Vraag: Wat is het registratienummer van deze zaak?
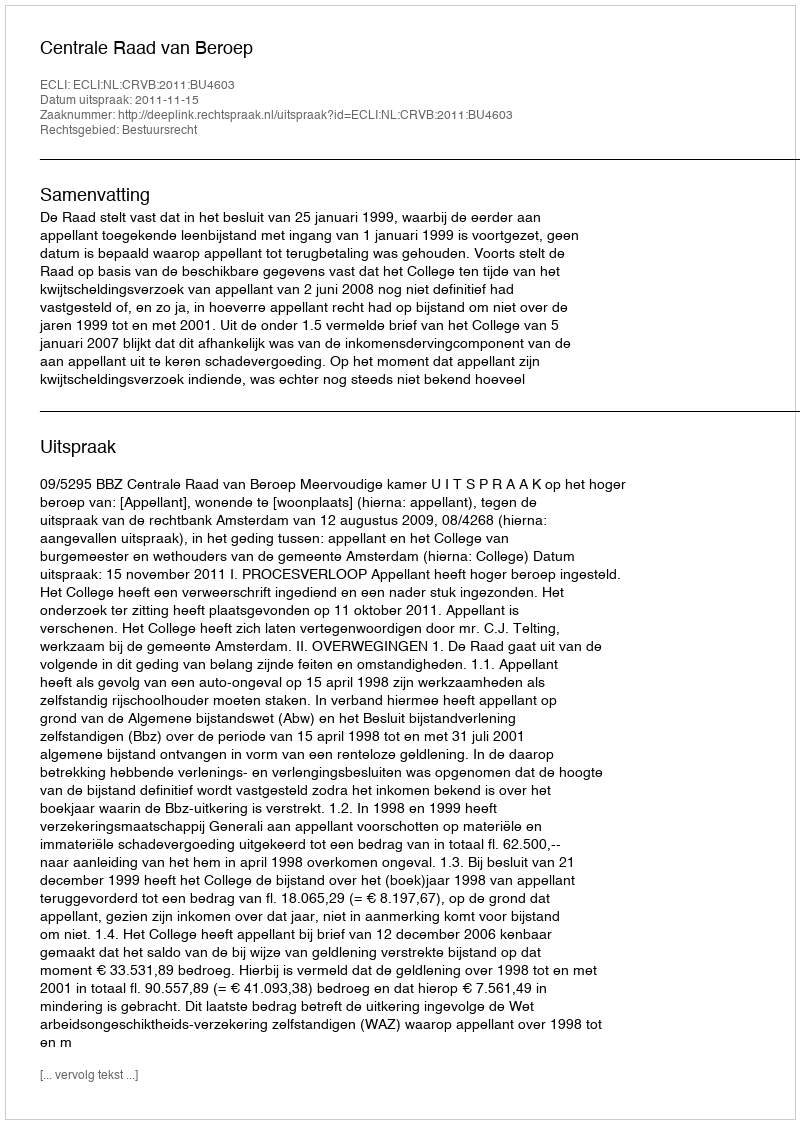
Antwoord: http://deeplink.rechtspraak.nl/uitspraak?id=ECLI:NL:CRVB:2011:BU4603